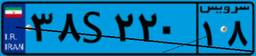
۸۷S۵۸۱۸۷